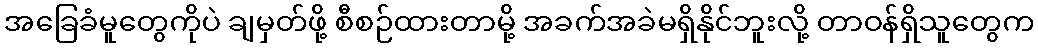
အခြေခံမူတွေကိုပဲ ချမှတ်ဖို့ စီစဉ်ထားတာမို့ အခက်အခဲမရှိနိုင်ဘူးလို့ တာဝန်ရှိသူတွေက